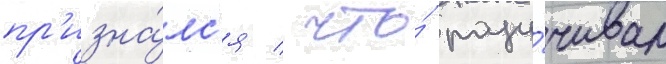
пр'изна́лс'я / что́ разу́чивал